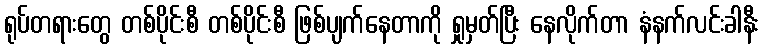
ရုပ်တရားတွေ တစ်ပိုင်းစီ တစ်ပိုင်းစီ ဖြစ်ပျက်နေတာကို ရှုမှတ်ပြီး နေလိုက်တာ နံနက်လင်းခါနီး